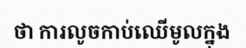
ថា ការលូចកាប់ឈើមូលក្នុង